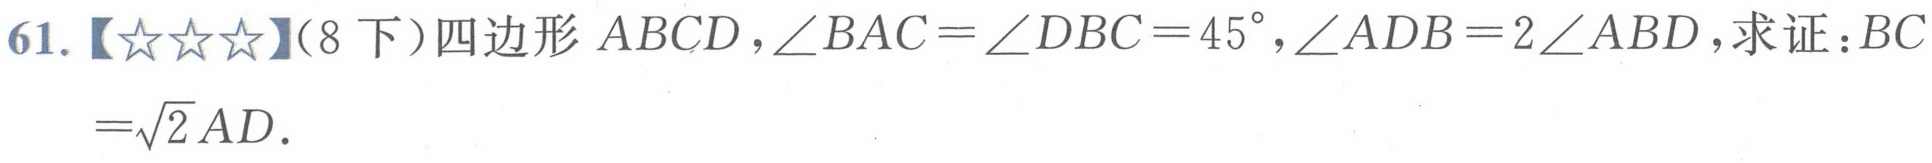
61.【★★★】(8下）四边形\(ABCD\)，\(\angle BAC=\angle DBC = 45^{\circ}\)，\(\angle ADB = 2\angle ABD\)，求证：\(BC=\sqrt{2}AD\).